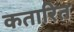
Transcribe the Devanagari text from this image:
कतारित